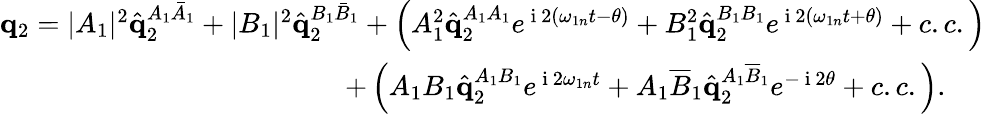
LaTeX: \begin{array}{r}{\mathbf{q}_{2}=|A_{1}|^{2}\hat{\mathbf{q}}_{2}^{A_{1}\bar{A}_{1}}+|B_{1}|^{2}\hat{\mathbf{q}}_{2}^{B_{1}\bar{B}_{1}}+\left(A_{1}^{2}\hat{\mathbf{q}}_{2}^{A_{1}A_{1}}e^{\mathrm{~i~}2\left(\omega_{1n}t-\theta\right)}+B_{1}^{2}\hat{\mathbf{q}}_{2}^{B_{1}B_{1}}e^{\mathrm{~i~}2\left(\omega_{1n}t+\theta\right)}+c.c.\right)}\\ {+\left(A_{1}B_{1}\hat{\mathbf{q}}_{2}^{A_{1}B_{1}}e^{\mathrm{~i~}2\omega_{1n}t}+A_{1}\overline{{B}}_{1}\hat{\mathbf{q}}_{2}^{A_{1}\overline{{B}}_{1}}e^{-\mathrm{~i~}2\theta}+c.c.\right).\ \ \ \ \ }\end{array}